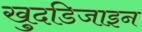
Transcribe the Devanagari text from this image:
खुदडिजाइन